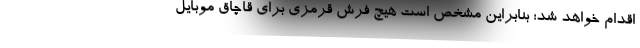
اقدام خواهد شد؛ بنابراین مشخص است هیچ فرش قرمزی برای قاچاق موبایل